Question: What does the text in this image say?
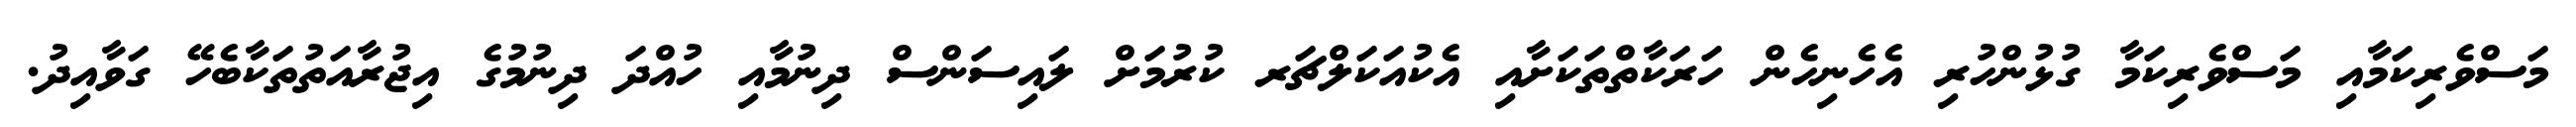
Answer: މަސްވެރިކަމާއި މަސްވެރިކަމާ ގުޅުންހުރި އެހެނިހެން ހަރަކާތްތަކަށާއި އެކުއަކަލްޗަރ ކުރުމަށް ލައިސަންސް ދިނުމާއި ހުއްދަ ދިނުމުގެ އިޖުރާއަތުތަކާބެހޭ ގަވާއިދު.